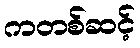
ကတစ်ဆင့်